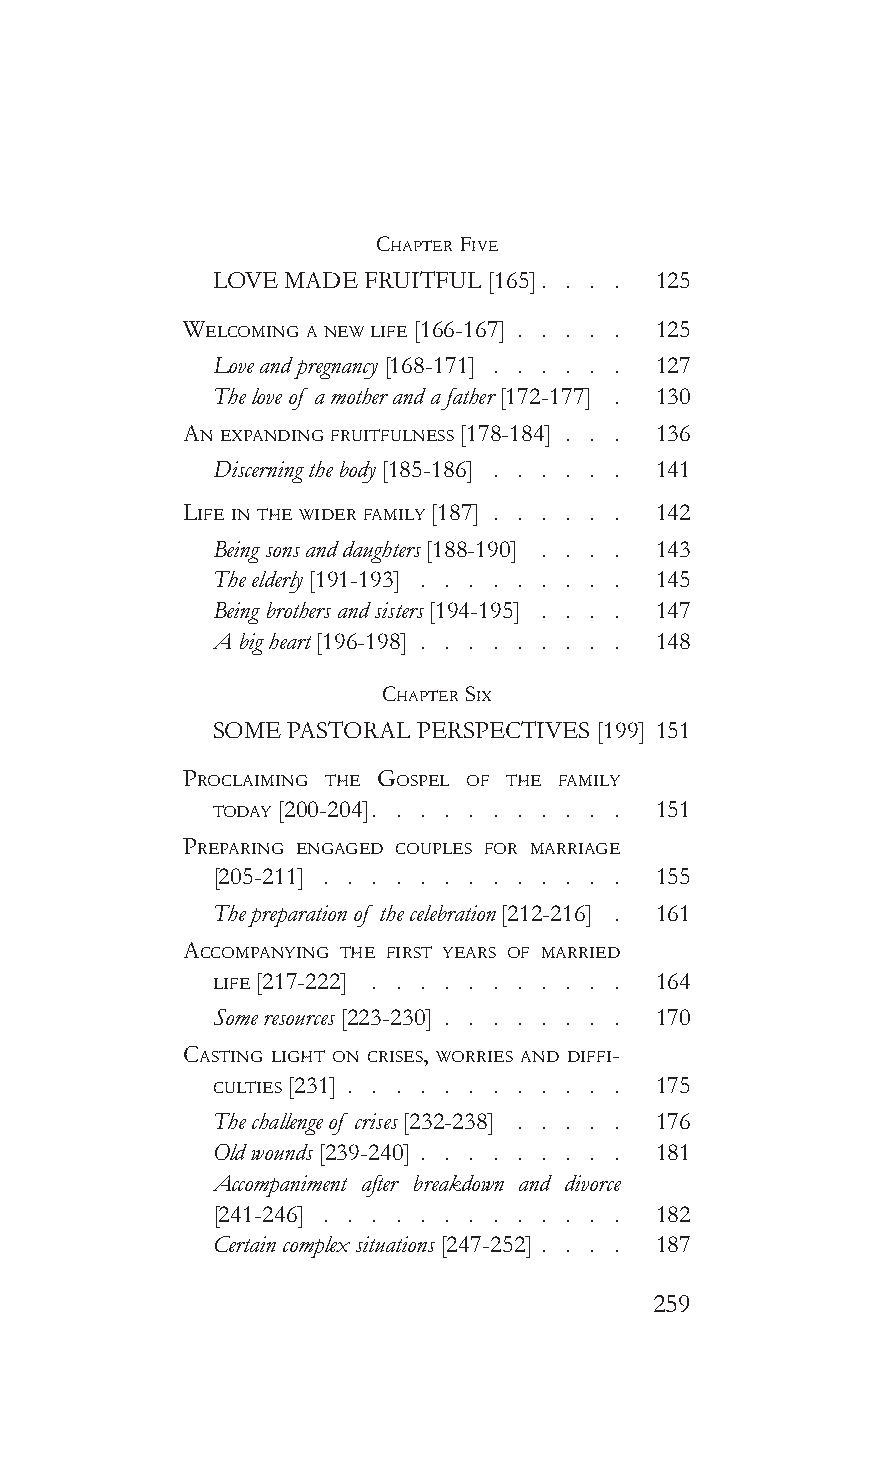
chapTer five
 LOVE MADE FRUITFUL [165]. . . . 125
 WeLcominG a neW Life [166-167] 125
 Love and pregnancy [168-171] . . . . . . 127
 The love of a mother and a father [172-177] . 130
 an expandinG fruiTfuLness [178-184] 136
 Discerning the body [185-186] . . . . . . 141
 Life in The Wider famiLy [187] 142
 Being sons and daughters [188-190] . . . . 143
 The elderly [191-193] . . . . . . . . . 145
 Being brothers and sisters [194-195] . . . . 147
 A big heart [196-198] . . . . . . . . . 148
 chapTer six
 SOME PASTORAL PERSPECTIVES [199] 151
 procLaiminG The GospeL of The famiLy
 Today [200-204]              151
 preparinG enGaGed coupLes for marriaGe
 [205-211]                    155
 The preparation of the celebration [212-216] . 161
 accompanyinG The firsT years of married
 Life [217-222] . . . . . . . . . . . 164
 Some resources [223-230] . . . . . . . . 170
 casTinG LiGhT on crises, Worries and diffi-
 cuLTies [231]                175
 The challenge of crises [232-238] . . . . . 176
 Old wounds [239-240] . . . . . . . . . 181
 Accompaniment after breakdown and divorce
 [241-246] . . . . . . . . . . . . . 182
 Certain complex situations [247-252] . . . . 187
 259